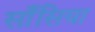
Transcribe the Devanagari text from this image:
साँसिया